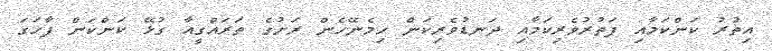
އިތުރު ކަންކަމާއި ފަތުރުވެރިކަމާއި ދަނޑުވެރިކަން ހިމެނޭހެން ރަށުގެ ތަރައްގީއާ ގުޅޭ ކަންކަން ފާހަގަ